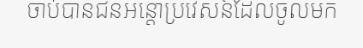
ចាប់បានជនអន្តោប្រវេសន៍ដែលចូលមក